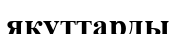
якуттарды